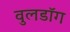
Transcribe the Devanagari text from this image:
वुलडॉग